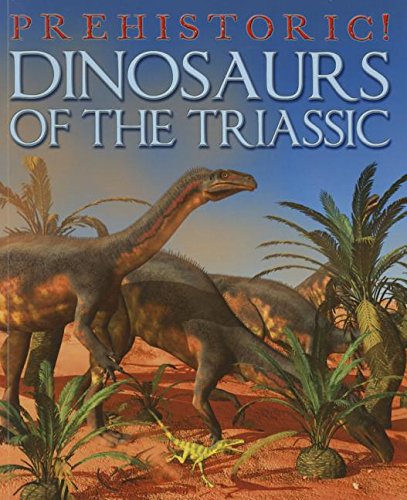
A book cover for Dinosaurs of the Triassic (Prehistoric!); David West; Children's Books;